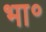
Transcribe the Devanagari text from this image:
भा॰